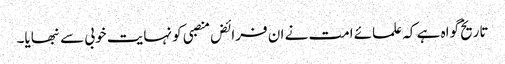
تاریخ گواہ ہے کہ علمائے امت نے ان فرائض منصبی کو نہایت خوبی سے نبھایا۔